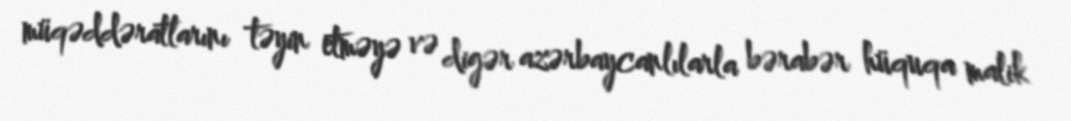
müqəddəratlarını təyin etməyə və digər azərbaycanlılarla bərabər hüquqa malik